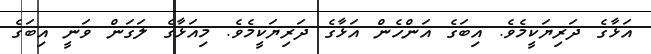
އަޅާގެ ދަރިޔަކީމެވެ. އިބަގެ އަންހެން އަޅާގެ ދަރިޔަކީމެވެ. މިއަޅާގެ ލަގަން ވަނީ އިބަގެ